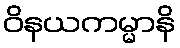
ဝိနယကမ္မာနိ